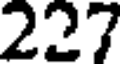
227